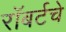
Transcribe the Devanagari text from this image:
रॉबर्टचे